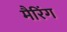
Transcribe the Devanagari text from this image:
मैरिंग